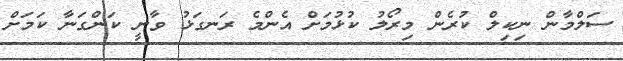
ސަލްމާން ނިކިލް ކުރެން މިރޯލު ކުޅުމަށް އެންމެ ރަނގަޅު ވާނީ ކަންގަނާ ކަމަށް